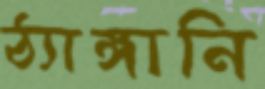
ঠ্যাঙ্গানি